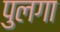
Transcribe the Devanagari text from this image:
पुलगा